Eesti_Vabariigi_Tartu_Ulikool, lk 8
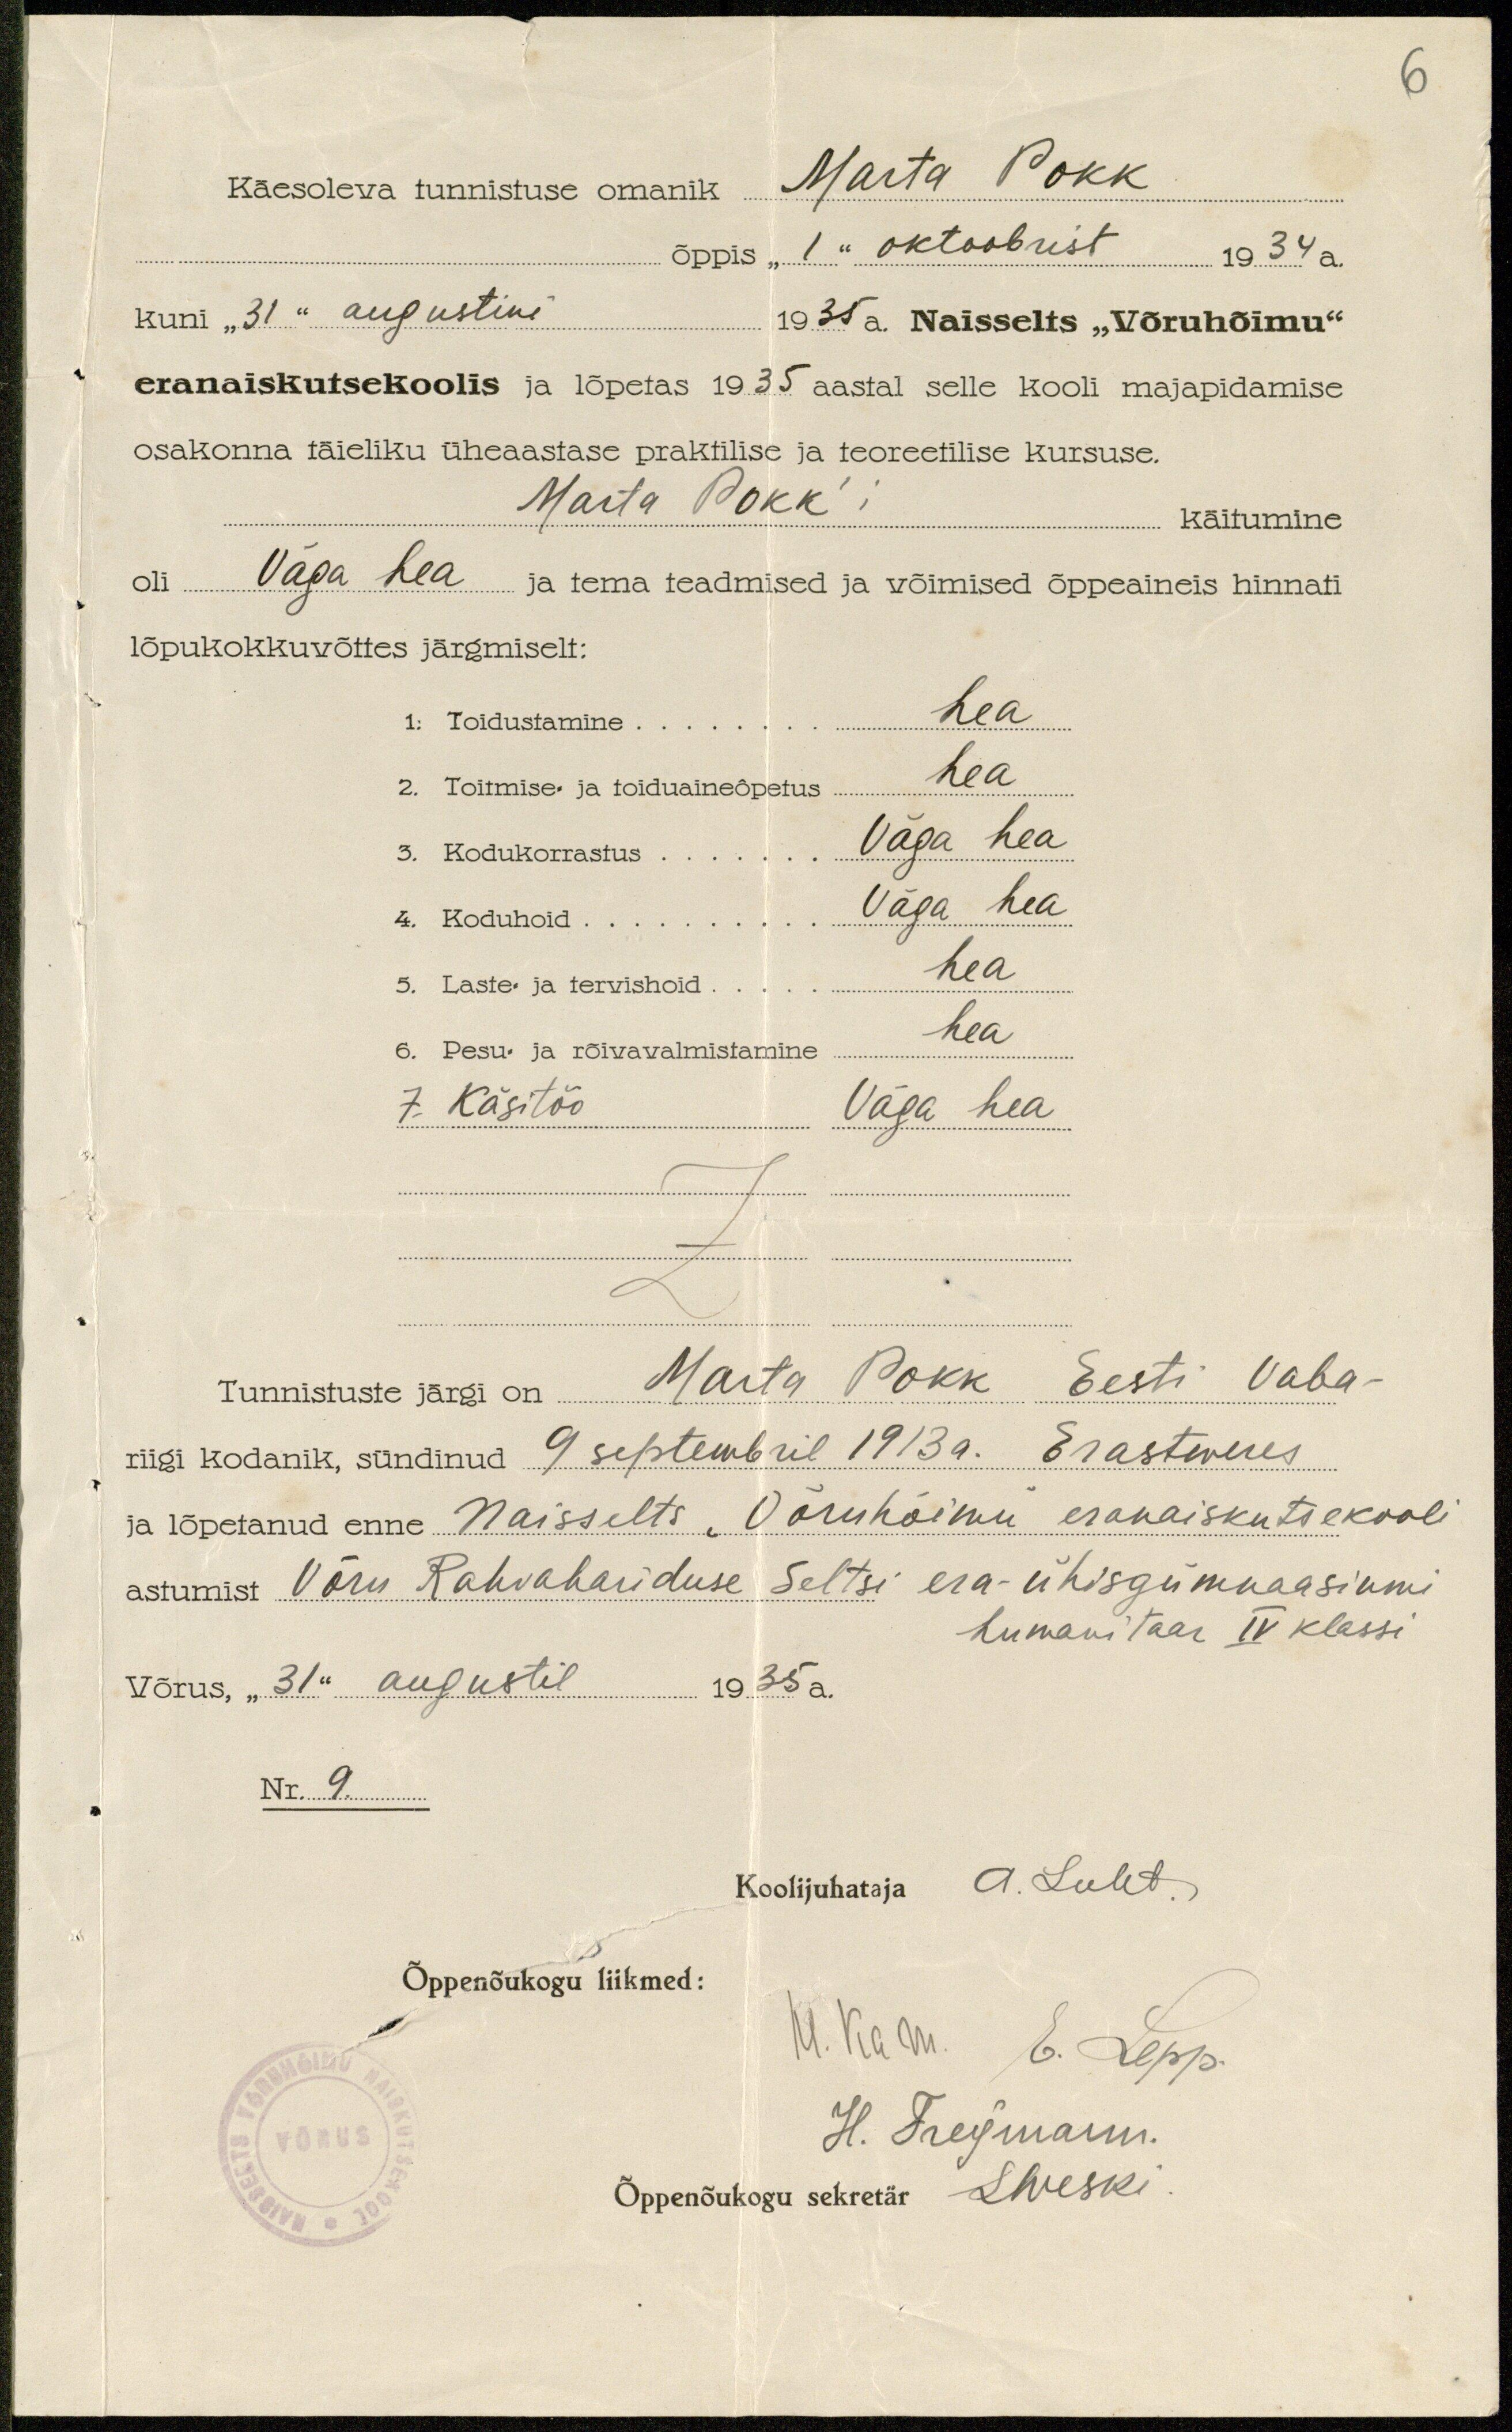
6
Käesoleva tunnistuse omanik Marta Pokk
õppis "1" oktoobrist 1934 a.
kuni "31" augustini 1935.a. Naisselts "Võruhõimu"
eranaiskutsekoolis ja lõpetas 1935 aastal selle kooli majapidamise
osakonna täieliku üheaastase praktilise ja teoreetilise kursuse.
Marta Pokk'i käitumine
oli Väga hea ja tema teadmised ja võimised õppeaineis hinnati
lõpukokkuvõttes järgmiselt:
1: Toidustamine hea
2. Toitmise ja toiduaineõpetus hea
3. Kodukorrastus Väga hea
4. Koduhoid Väga hea
5. Laste ja tervishoid hea
6. Pesu- ja rõivavalmistamine hea
7. Käsitöö Väga hea
Tunnistuste järgi on Marta Pokk Eesti Vaba-
riigi kodanik, sündinud 9 septembril 1913 a. Erastweres
ja lõpetanud enne Naisselts "Võruhõimu" eranaiskutsekooli
astumist Võru Rahvahariduse Seltsi era-ühisgümnaasiumi
humani taar IV klassi
Võrus, "31" augustil 1935 a.
Nr. 9.
Koolijuhataja A. Luht.
Õppenõukogu liikmed:
M. Karu. E. Lepp
Võrus
H. Treymann.
Õppenõukogu sekretär LWeski.